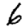
Digit: 6